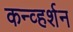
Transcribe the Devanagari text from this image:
कन्व्हर्शन